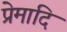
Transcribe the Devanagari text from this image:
प्रेमादि